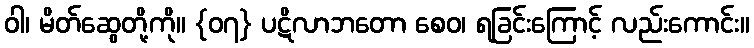
ဝါ၊ မိတ်ဆွေတို့ကို။ {၀၇} ပဋိလာဘတော စေဝ၊ ရခြင်းကြောင့် လည်းကောင်း။